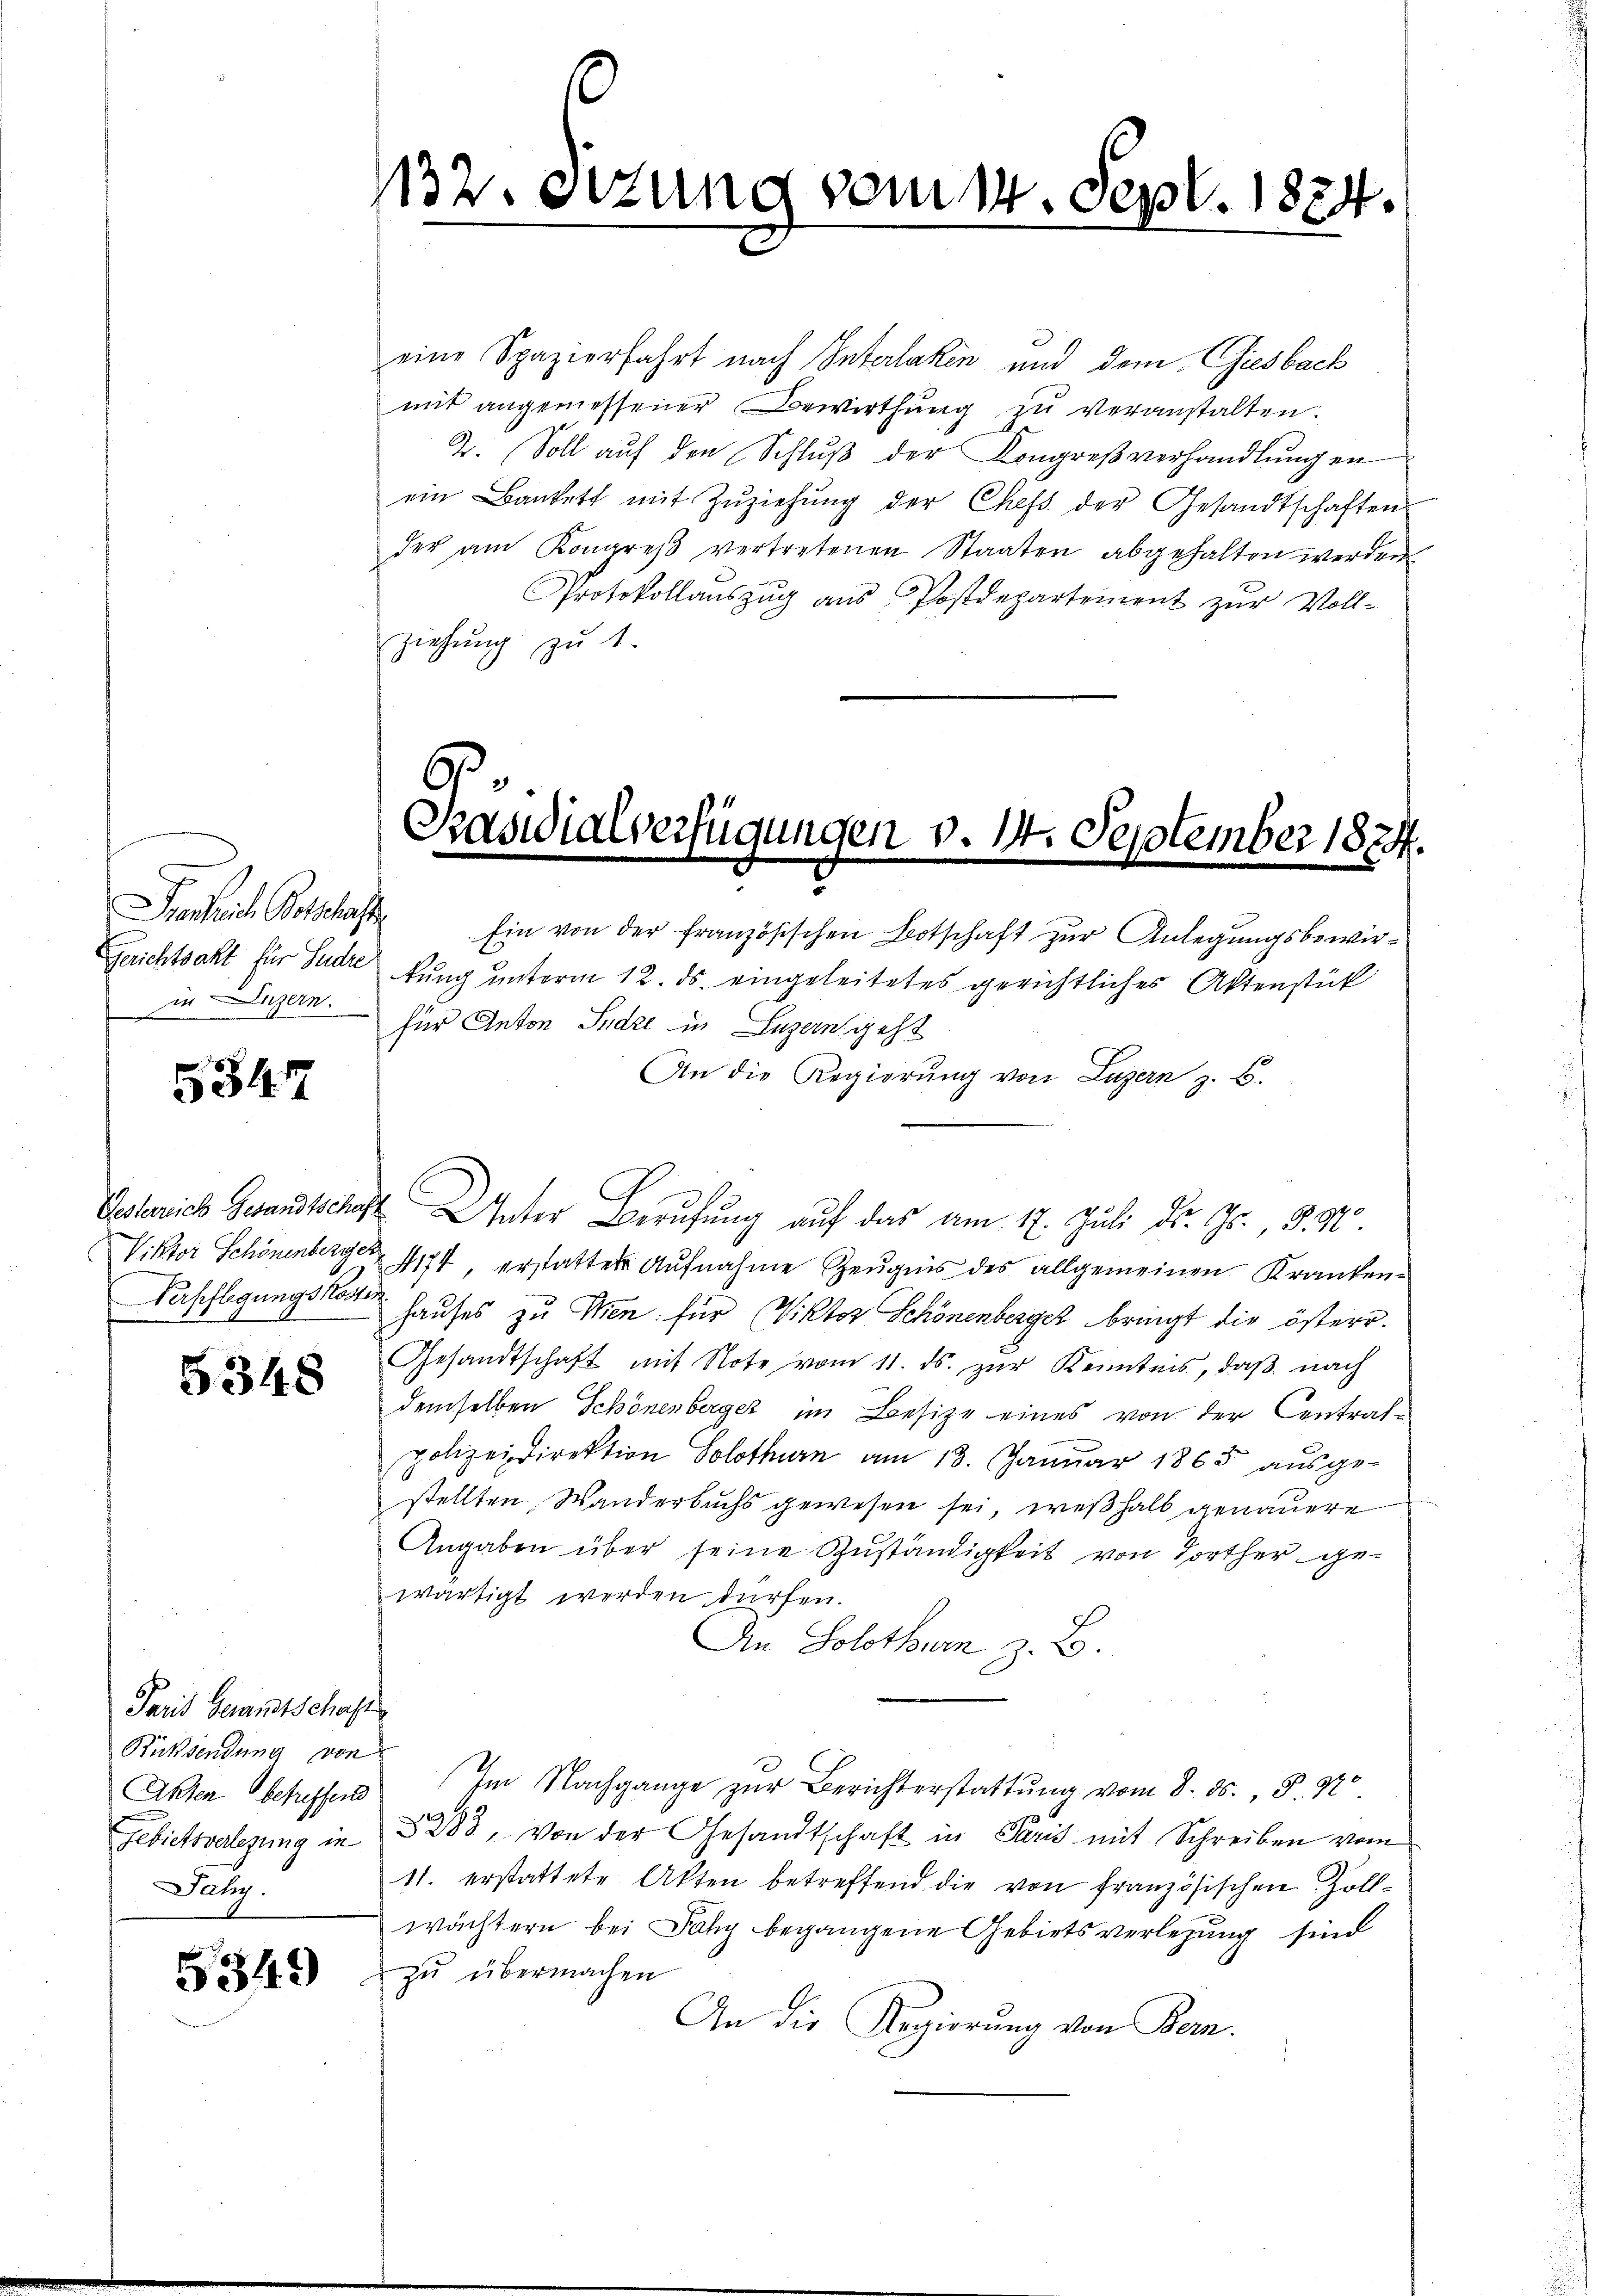
in Luzern.

5347

Verpflegungskoster

5348

Paris Gesamtschaft
Rücksendung von
Akten betreffend
Jahy.

5349)

eine Spazierfahrt nach Interlaken und dem Giesbach
mit angemessener Bewirthung zu veranstalten.
2. Soll auf den Schluß der Kongreßverhandlungen
ein Bankett mit Zŭziehŭng der Chefs der Gesandtschaften
der am Kongreß vertretenen Staaten abgehalten werden
Protokollaŭszŭg aŭs Postdepartement zŭr Voll-
ziehung zu 1.

132. etzung

vom 14. Sept. 1884.

.
Paswialverfügungen v. 144. September 1824.

rentrich Botschaft Ein von der französischen Botschaft zŭr Anlegŭngsbewir¬
Gerichtsakt für Gudre kung unterm 12. ds. eingeleitetes gerichtliches Aktenstück
für Anton Sudre in Luzern geht
An die Regierung von Luzern z. B.
Eestrich Zwandtschaft Unter Berufung auf das am 17. Juli dr. Gr. § 970
Viktor Schönenberg. 4174, erstatter Aufnahme Zeugnis des allgemeinen Krankenhauses zu Wien für Viktor Schönenberger bringt die österr.
Gesandtschaft mit Note vom 11. ds. zur Kenntnis, daß nach
demselben Schönenberger im Besitze eines von der Centratpolizeidirektion Solothur am 13. Janŭar 1865 aŭsge-
stellten Wanderbuchs gewesen sei, weßhalb genauere
Angaben über seine Zuständigkeit von Forther gewärtigt werden dürfen.
An Solothurn z. B.
Im Nachgange zur Berichterstattung vom 8. ds. S. 92
Gebietsverlegung in § 288, von der Gesandtschaft in Paris mit Schreiben vom
11. erstattete Akten betreffend die von französischen Zoll-
wächtern bei Jahy begangene Gebiets verlegung sind
zu übermachen
An die Regierung von Bern.